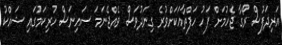
އަރިދަފުސް ރޯގާ ޖެހުމަށް ފަހު ހަފްތާއަކަށްވުރެ ގިނަދުވަސް ވެއްޖެނަމަ ސައިނަސް ހުރިކަމުގައި ޝައްކު